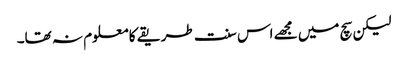
لیکن سچ میں مجھے اس سنت طریقے کا معلوم نہ تھا۔